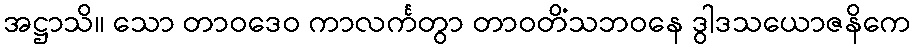
အဋ္ဌာသိ။ သော တာဝဒေဝ ကာလင်္ကတွာ တာဝတိံသဘဝနေ ဒွါဒသယောဇနိကေ